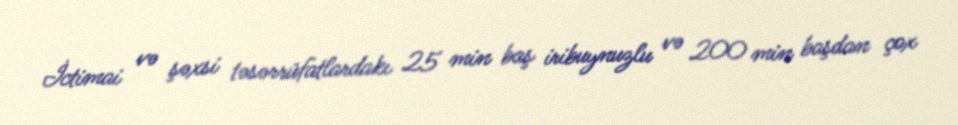
İctimai və şəxsi təsərrüfatlardakı 25 min baş iribuynuzlu və 200 min başdan çox